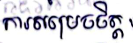
ការសម្រេចចិត្ត